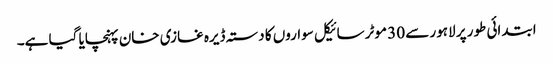
ابتدائی طور پر لاہور سے 30 موٹر سائیکل سواروں کا دستہ ڈیرہ غازی خان پہنچایا گیا ہے۔